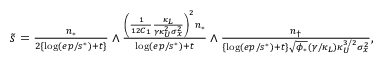
\begin{array} { r } { \tilde { s } = \frac { n _ { * } } { 2 \{ \log ( e p / s ^ { * } ) + t \} } \land \frac { \left( \frac { 1 } { 1 2 C _ { 1 } } \frac { \kappa _ { L } } { \gamma \kappa _ { U } ^ { 2 } \sigma _ { x } ^ { 2 } } \right) ^ { 2 } n _ { * } } { \log ( e p / s ^ { * } ) + t } \land \frac { n _ { \dagger } } { \{ \log ( e p / s ^ { * } ) + t \} \sqrt { \phi _ { * } } ( \gamma / \kappa _ { L } ) \kappa _ { U } ^ { 3 / 2 } \sigma _ { x } ^ { 2 } } , } \end{array}